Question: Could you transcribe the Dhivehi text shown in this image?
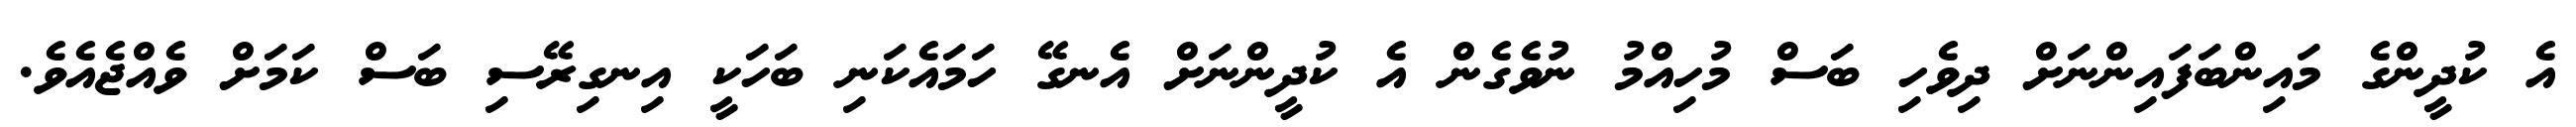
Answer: އެ ކުދީންގެ މައިންބަފައިންނަށް ދިވެހި ބަސް މުހިއްމު ނުވެގެން އެ ކުދީންނަށް އެނގޭ ހަމައެކަނި ބަހަކީ އިނގިރޭސި ބަސް ކަމަށް ވެއްޖެއެވެ.